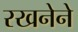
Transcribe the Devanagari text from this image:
रखनेने